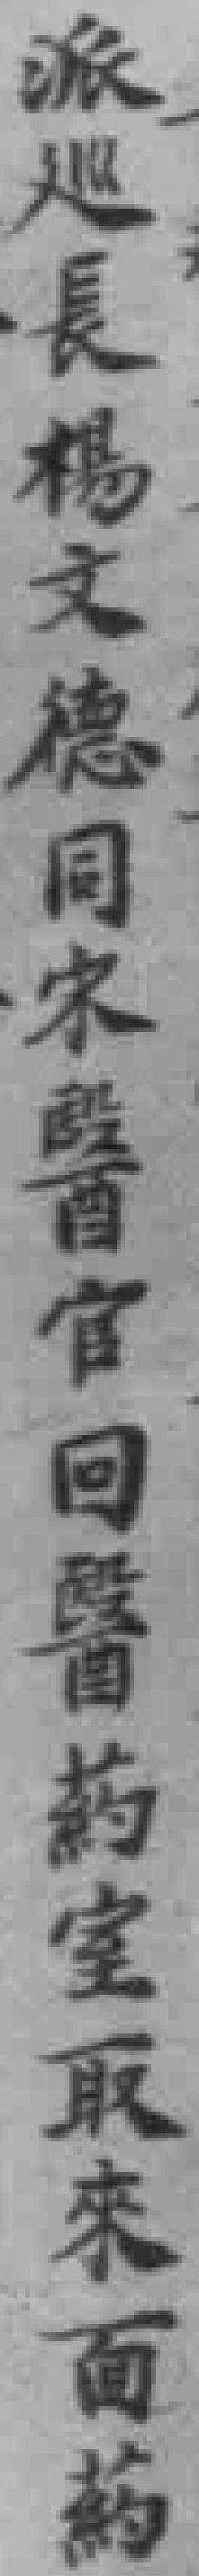
派巡長楊文德同宋醫官回醫葯室取來面药